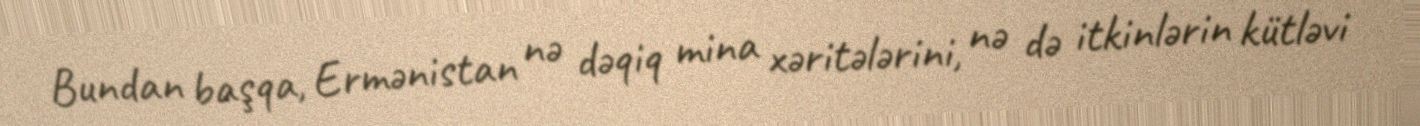
Bundan başqa, Ermənistan nə dəqiq mina xəritələrini, nə də itkinlərin kütləvi